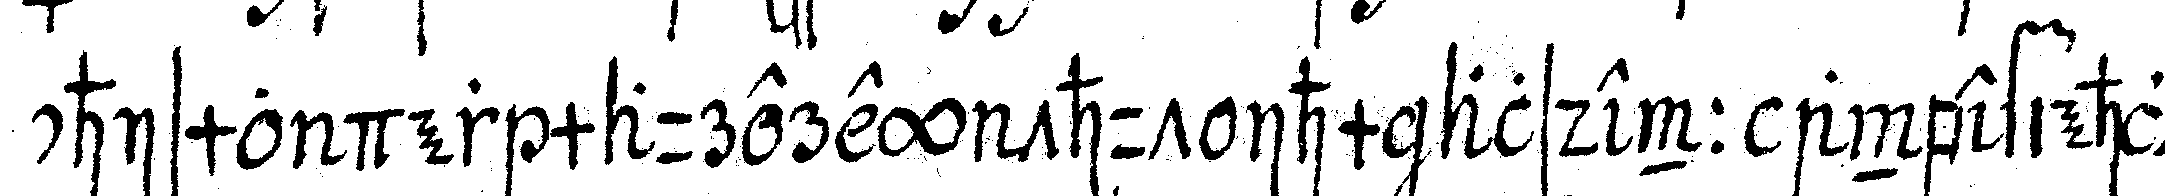
chismo der maurerey thut ihm alsdenn anbefiehlt